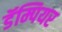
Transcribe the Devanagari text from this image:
डॅम्पियर